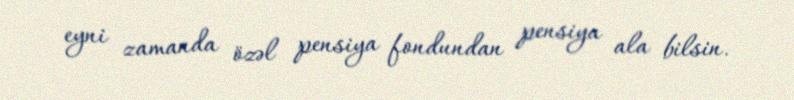
eyni zamanda özəl pensiya fondundan pensiya ala bilsin.